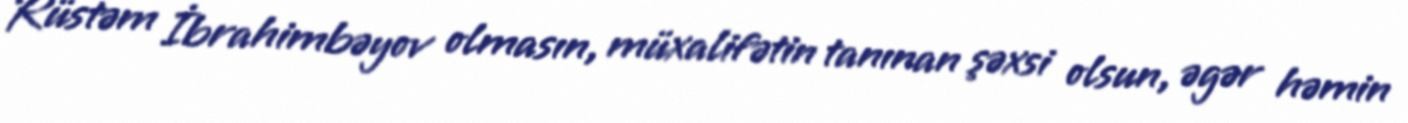
Rüstəm İbrahimbəyov olmasın, müxalifətin tanınan şəxsi olsun, əgər həmin